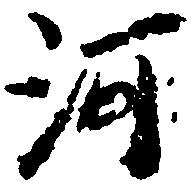
河